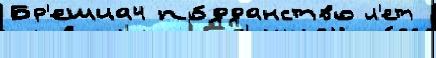
Бр'ешиа4 по́дданство л'ет